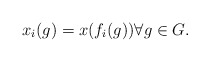
\begin{align*} x_i(g) = x( f_i(g)) \forall g \in G.\end{align*}